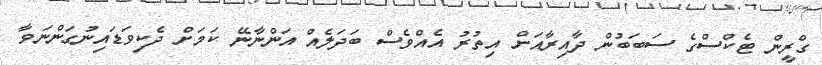
ގްރީން ޓެކްސްގެ ސަބަބުން ދާއިރާއަށް އިތުރު އެއްވެސް ބަދަލެއް އަންނާނޭ ކަމަށް ދެކިވަޑައިނުގަންނަވާ